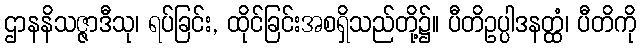
ဌာနနိသဇ္ဇာဒီသု၊ ရပ်ခြင်း, ထိုင်ခြင်းအစရှိသည်တို့၌။ ပီတိဥပ္ပါဒနတ္ထံ၊ ပီတိကို